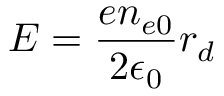
E = \frac { e n _ { e 0 } } { 2 \epsilon _ { 0 } } r _ { d }